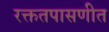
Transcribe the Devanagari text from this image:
रक्ततपासणीत